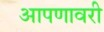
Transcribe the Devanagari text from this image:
आपणावरी